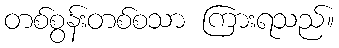
တစ်စွန်းတစ်စသာ ကြားရသည်။